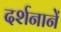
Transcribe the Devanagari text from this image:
दर्शनानें